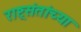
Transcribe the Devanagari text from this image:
राष्ट्रसंतांच्या